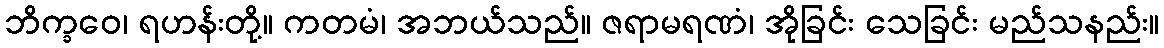
ဘိက္ခဝေ၊ ရဟန်းတို့။ ကတမံ၊ အဘယ်သည်။ ဇရာမရဏံ၊ အိုခြင်း သေခြင်း မည်သနည်း။